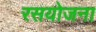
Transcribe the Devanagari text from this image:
रसयोजना